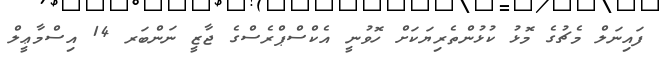
ފައިނަލް މެޗުގެ މޮޅު ކުޅުންތެރިޔަކަށް ހޮވުނީ އެކްސްޕްރެސްގެ ޖާޒީ ނަންބަރ 14 އިސްމާޢީލް